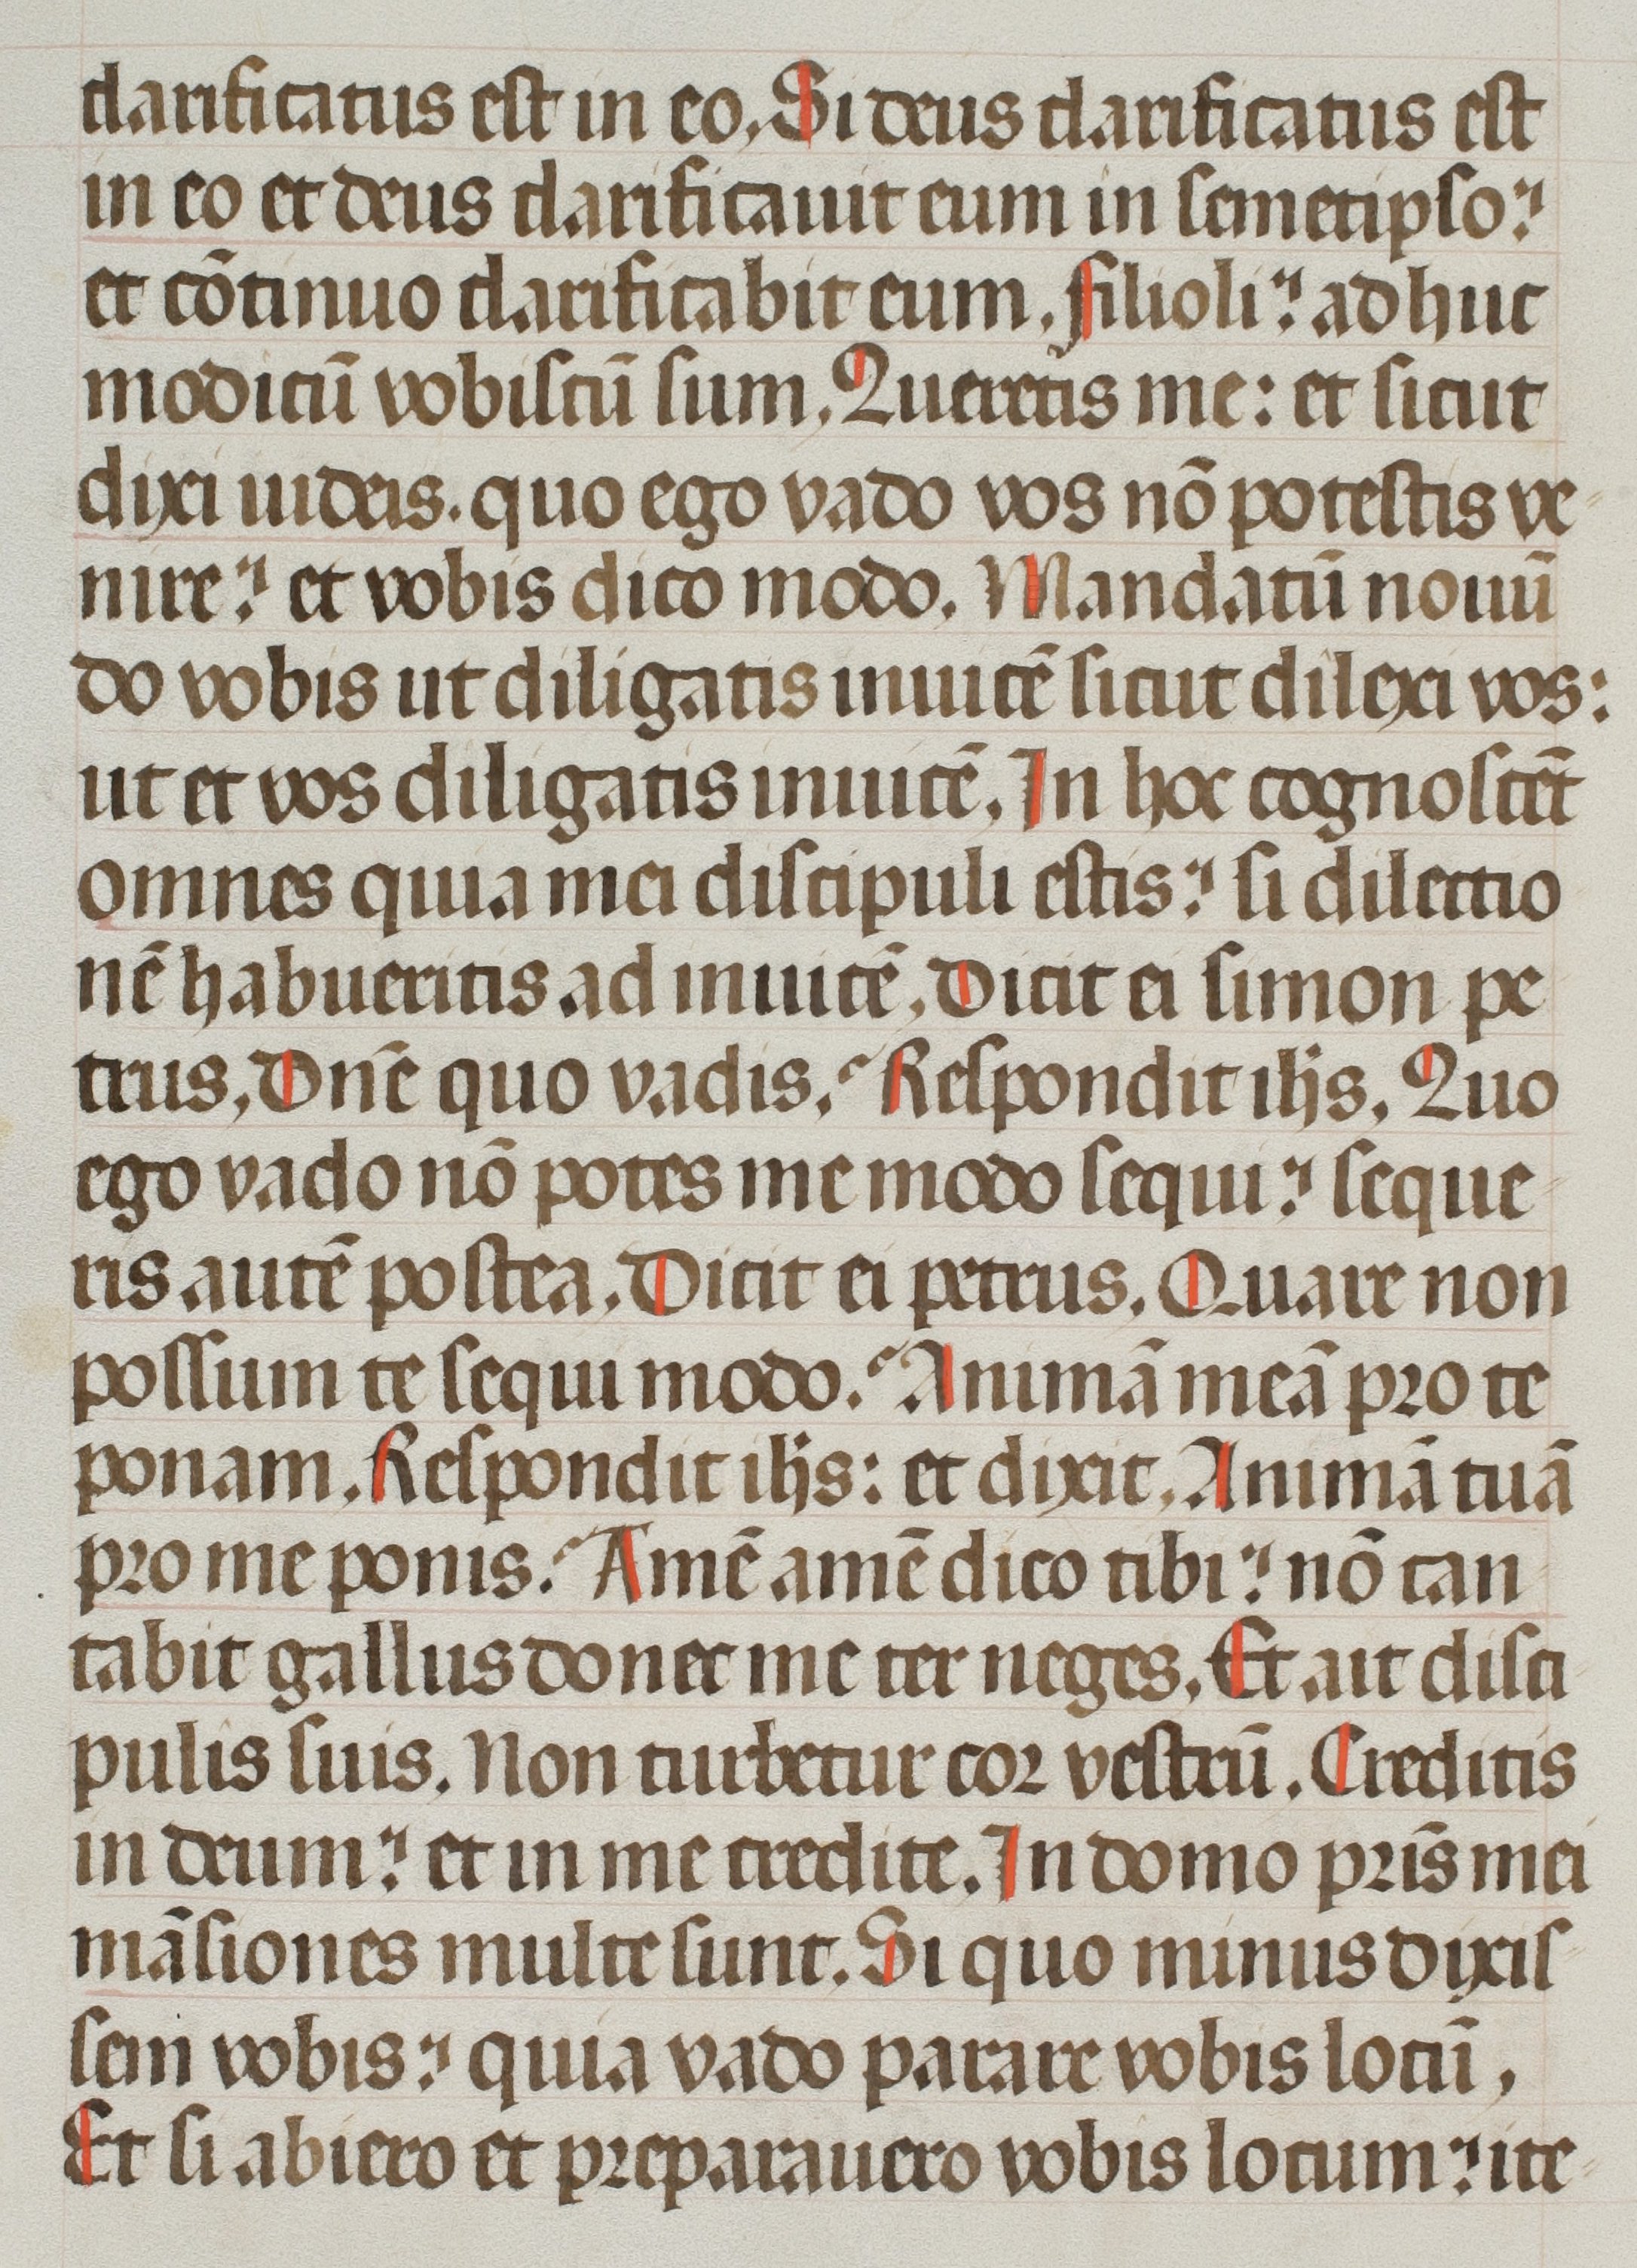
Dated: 1400–1499